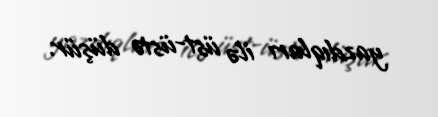
yazdıqları ilə üst-üstə düşür.